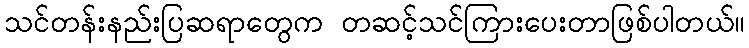
သင်တန်းနည်းပြဆရာတွေက တဆင့်သင်ကြားပေးတာဖြစ်ပါတယ်။